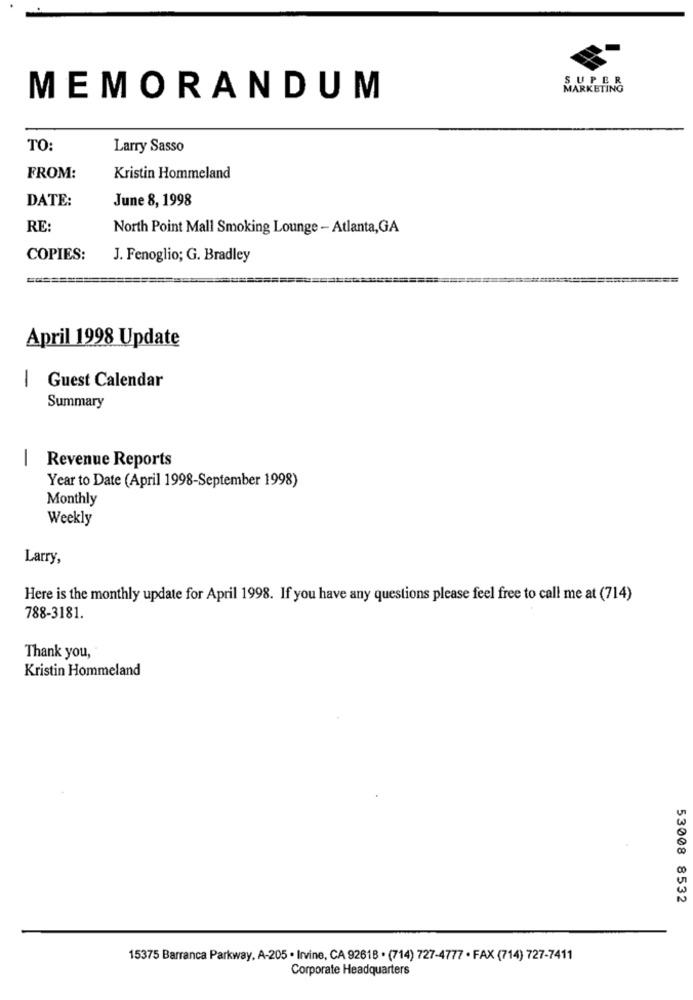
RKETING
MEMORANDUM
TO:
Larry Sasso
FROM:
Kristin Hommeland
DATE:
June 8, 1998
RE:
North Point Mall Smoking Lounge - Atlanta, GA
COPIES:
J. Fenoglio; G. Bradley
====
April 1998 Update
1
Guest Calendar
Summary
| Revenue Reports
Year to Date (April 1998-September 1998)
Monthly
Weekly
Larry,
Here is the monthly update for April 1998. If you have any questions please feel free to call me at (714)
788-3181.
Thank you,
Kristin Hommeland
53008 8532
15375 Barranca Parkway, A-205 . Irvine, CA 92618 · (714) 727-4777 · FAX (714) 727-7411
Corporate Headquarters